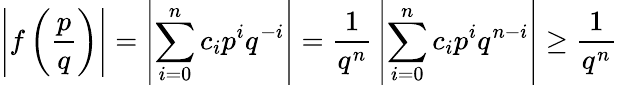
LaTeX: \left|f\left({\frac{p}{q}}\right)\right|=\left|\sum_{i=0}^{n}c_{i}p^{i}q^{-i}\right|={\frac{1}{q^{n}}}\left|\sum_{i=0}^{n}c_{i}p^{i}q^{n-i}\right|\geq{\frac{1}{q^{n}}}